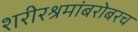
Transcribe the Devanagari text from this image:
शरीरश्रमांबरोबरच